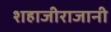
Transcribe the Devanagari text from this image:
शहाजीराजानी